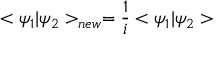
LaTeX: < \psi _ { 1 } | \psi _ { 2 } > _ { n e w } = \frac { 1 } { i } < \psi _ { 1 } | \psi _ { 2 } >